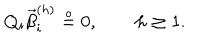
Q _ { i } \vec { \beta } _ { i } ^ { ( h ) } \stackrel { \circ } { = } { 0 } , \quad \quad h \geq 1 .